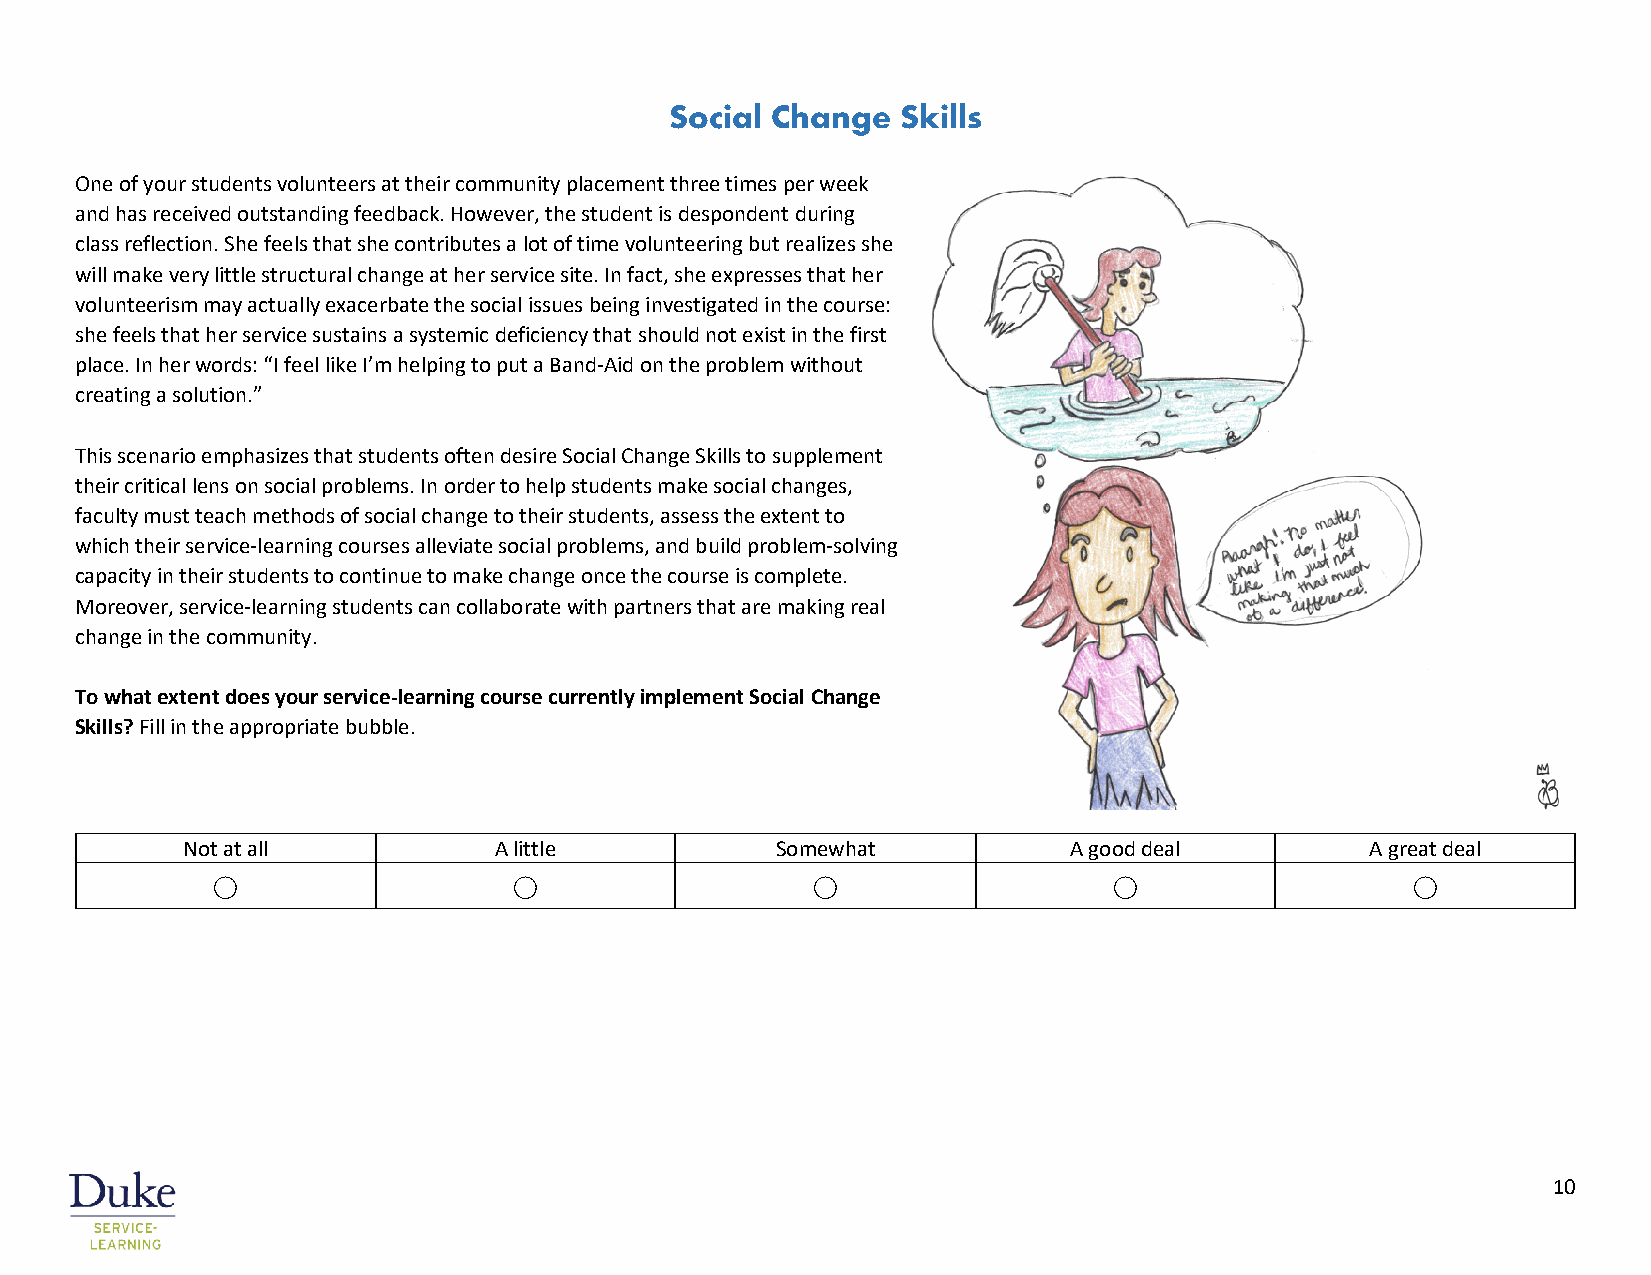
Social Change   Skills
 One of your students volunteers at their community placement three times per week
 and has received outstanding feedback. However, the student is despondent during
 class reflection. She feels that she contributes a lot of time volunteering but realizes she
 will make very little structural change at her service site. In fact, she expresses that her
 volunteerism may actually exacerbate the social issues being investigated in the course:
 she feels that her service sustains a systemic deficiency that should not exist in the first
 place. In her words: “I feel like I’m helping to put a Band-Aid on the problem without
 creating a solution.”
 This scenario emphasizes that students often desire Social Change Skills to supplement
 their critical lens on social problems. In order to help students make social changes,
 faculty must teach methods of social change to their students, assess the extent to
 which their service-learning courses alleviate social problems, and build problem-solving
 capacity in their students to continue to make change once the course is complete.
 Moreover, service-learning students can collaborate with partners that are making real
 change in the community.
 To what extent does your service-learning course currently implement Social Change
 Skills? Fill in the appropriate bubble.
 Not at all           A little          Somewhat            A good deal         A great deal
 ⃝                   ⃝                   ⃝                   ⃝                   ⃝
 10